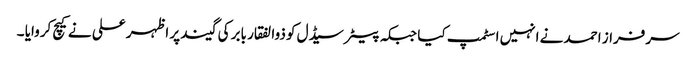
سرفراز احمد نے انہیں اسٹمپ کیا جبکہ پیٹر سیڈل کو ذوالفقار بابر کی گیند پر اظہر علی نے کیچ کروایا ۔